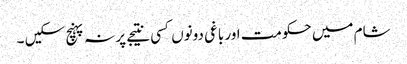
شام میں حکومت اور باغی دونوں کسی نتیجے پر نہ پہنچ سکیں ۔